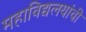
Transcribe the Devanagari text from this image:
महाविद्यलयांची